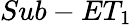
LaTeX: Sub-ET_{1}